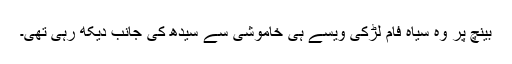
بینچ پر وہ سیاہ فام لڑکی ویسے ہی خاموشی سے سیدھ کی جانب دیکھ رہی تھی۔